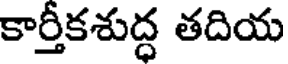
కార్తీకశుద్ధ తదియ